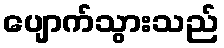
ပျောက်သွားသည်